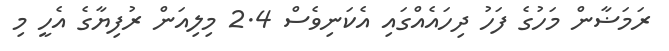
ރަމަޟާން މަހުގެ ފަހު ދިހައެއްގައި އެކަނިވެސް 2.4 މިލިއަން ރުފިޔާގެ އެހީ މި